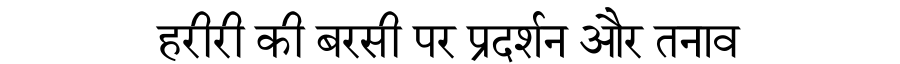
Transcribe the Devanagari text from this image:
हरीरी की बरसी पर प्रदर्शन और तनाव